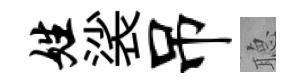
姓裟吊𦗟